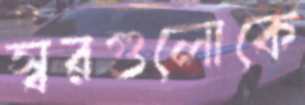
স্বরগুলোকে